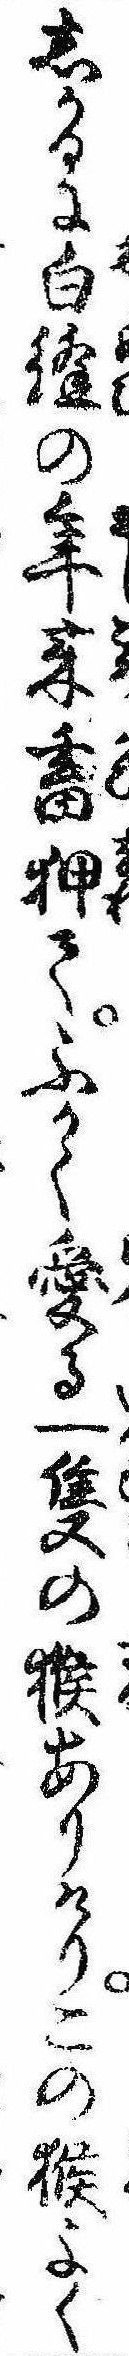
しかるに白縫の年来畜狎てふかく愛る一隻の猴ありけりこの猴よく